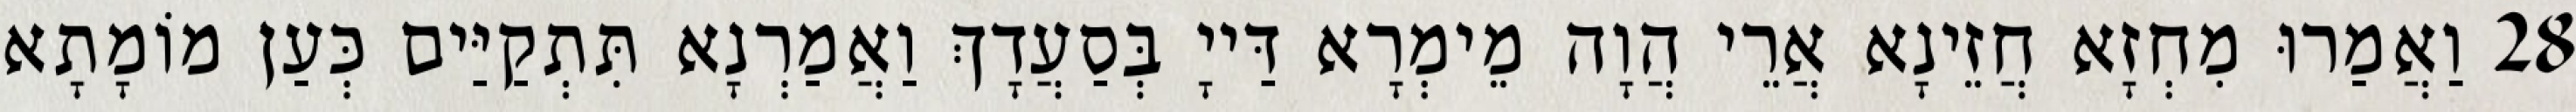
28 וַאֲמַרוּ מִחְזָא חֲזֵינָא אֲרֵי הֲוָה מֵימְרָא דַּייָ בְּסַעֲדָךְ וַאֲמַרְנָא תִּתְקַיַּים כְּעַן מוֹמָתָא